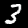
Label: 3